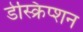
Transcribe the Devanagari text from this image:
डेस्क्रिप्शन